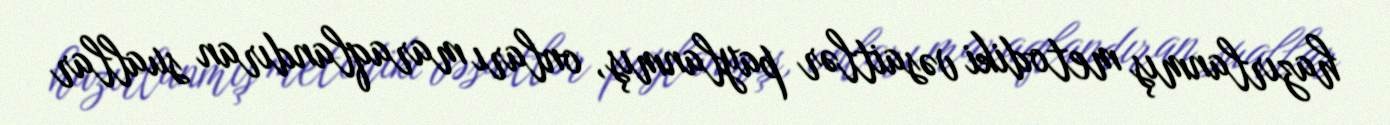
hazırlanmış metodiki vəsaitlər paylanmış, onları maraqlandıran suallar